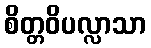
စိတ္တဝိပလ္လာသာ